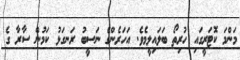
މަންމަ ކޮޓަރީގައި ހުރިތޯ ބަލައިލީމެވެ. އަހަރެންގެ ނަސީބު ރަނގަޅު ކަމުން ސާރާ ގެ